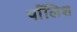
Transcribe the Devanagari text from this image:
पाँलिश